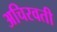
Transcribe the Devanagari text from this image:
अचिरवती